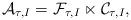
LaTeX: \begin{align*} \mathcal{A}_{ \tau,I} = \mathcal{F}_{\tau,I} \ltimes \mathcal{C}_{ \tau,I},\end{align*}